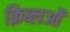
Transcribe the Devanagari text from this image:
क़िब्लओं